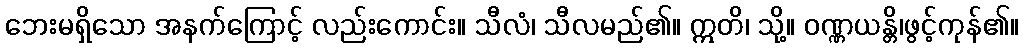
ဘေးမရှိသော အနက်ကြောင့် လည်းကောင်း။ သီလံ၊ သီလမည်၏။ ဣတိ၊ သို့။ ဝဏ္ဏယန္တိ၊ဖွင့်ကုန်၏။